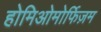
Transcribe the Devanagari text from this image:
होमिओमोर्फिज़म